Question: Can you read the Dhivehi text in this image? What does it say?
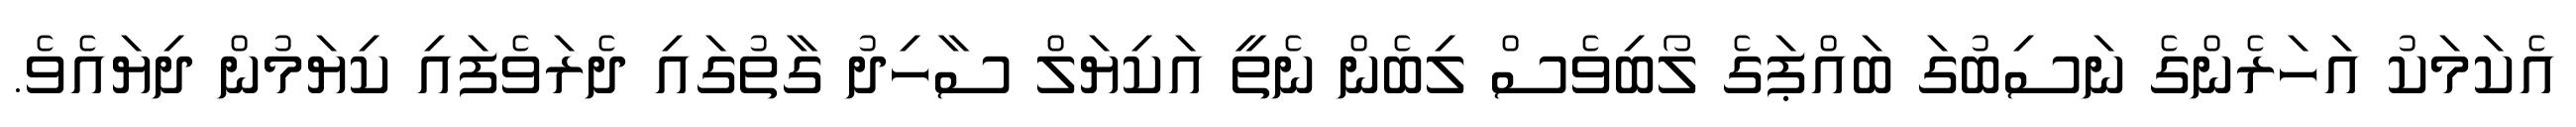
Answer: އެކަމަކު އަހަރެންގެ ނަސިބުގަ ބައްޕަގެ ލޯބިވެސް ލިބެން ނެތީ އަކިޔަލް ސާހިދު ގާތުގައި ދެރަވެފައި ކިޔަމުން ދިޔައެވެ.